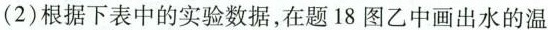
(2)根据下表中的实验数据，在题18图乙中画出水的温